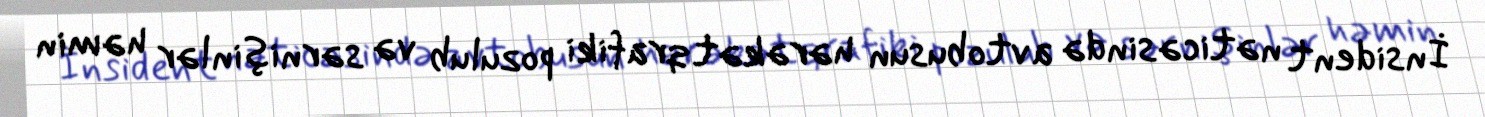
İnsident nəticəsində avtobusun hərəkət qrafiki pozulub və sərnişinlər həmin